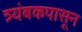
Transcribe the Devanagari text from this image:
त्र्यंबकपासून